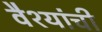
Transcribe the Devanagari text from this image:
वैश्यांची